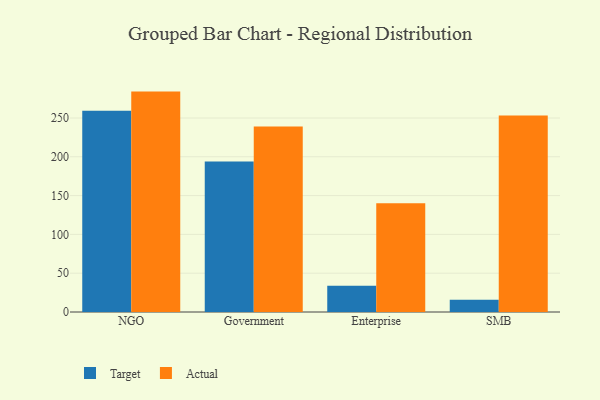
{"axis": {"x": "Segment", "y": "Website Visitors"}, "legend": ["Actual", "Target"], "data": [{"x": "NGO", "y": 259.4, "type": "Target"}, {"x": "NGO", "y": 284.0, "type": "Actual"}, {"x": "Government", "y": 194.0, "type": "Target"}, {"x": "Government", "y": 239.1, "type": "Actual"}, {"x": "Enterprise", "y": 33.8, "type": "Target"}, {"x": "Enterprise", "y": 140.2, "type": "Actual"}, {"x": "SMB", "y": 15.8, "type": "Target"}, {"x": "SMB", "y": 253.2, "type": "Actual"}]}